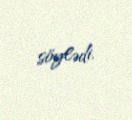
söylədi.